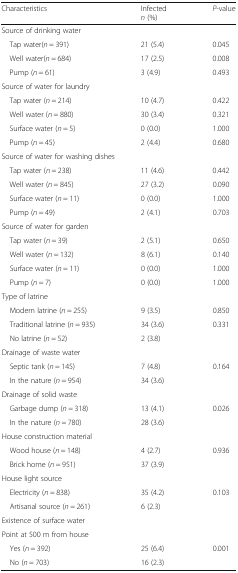
<table><thead><tr><td><b>Characteristics</b></td><td><b>Infected<i>n</i> (%)</b></td><td><b><i>P</i>-value</b></td></tr></thead><tbody><tr><td colspan="3">Source of drinking water</td></tr><tr><td> Tap water(<i>n</i> = 391)</td><td>21 (5.4)</td><td>0.045</td></tr><tr><td> Well water(<i>n</i> = 684)</td><td>17 (2.5)</td><td>0.008</td></tr><tr><td> Pump (<i>n</i> = 61)</td><td>3 (4.9)</td><td>0.493</td></tr><tr><td colspan="3">Source of water for laundry</td></tr><tr><td> Tap water (<i>n</i> = 214)</td><td>10 (4.7)</td><td>0.422</td></tr><tr><td> Well water (<i>n</i> = 880)</td><td>30 (3.4)</td><td>0.321</td></tr><tr><td> Surface water (<i>n</i> = 5)</td><td>0 (0.0)</td><td>1.000</td></tr><tr><td> Pump (<i>n</i> = 45)</td><td>2 (4.4)</td><td>0.680</td></tr><tr><td colspan="3">Source of water for washing dishes</td></tr><tr><td> Tap water (<i>n</i> = 238)</td><td>11 (4.6)</td><td>0.442</td></tr><tr><td> Well water (<i>n</i> = 845)</td><td>27 (3.2)</td><td>0.090</td></tr><tr><td> Surface water (<i>n</i> = 11)</td><td>0 (0.0)</td><td>1.000</td></tr><tr><td> Pump (<i>n</i> = 49)</td><td>2 (4.1)</td><td>0.703</td></tr><tr><td colspan="3">Source of water for garden</td></tr><tr><td> Tap water (<i>n</i> = 39)</td><td>2 (5.1)</td><td>0.650</td></tr><tr><td> Well water (<i>n</i> = 132)</td><td>8 (6.1)</td><td>0.140</td></tr><tr><td> Surface water (<i>n</i> = 11)</td><td>0 (0.0)</td><td>1.000</td></tr><tr><td> Pump (<i>n</i> = 7)</td><td>0 (0.0)</td><td>1.000</td></tr><tr><td colspan="3">Type of latrine</td></tr><tr><td> Modern latrine (<i>n</i> = 255)</td><td>9 (3.5)</td><td>0.850</td></tr><tr><td> Traditional latrine (<i>n</i> = 935)</td><td>34 (3.6)</td><td>0.331</td></tr><tr><td> No latrine (<i>n</i> = 52)</td><td>2 (3.8)</td><td></td></tr><tr><td colspan="3">Drainage of waste water</td></tr><tr><td> Septic tank (<i>n</i> = 145)</td><td>7 (4.8)</td><td>0.164</td></tr><tr><td> In the nature (<i>n</i> = 954)</td><td>34 (3.6)</td><td></td></tr><tr><td colspan="3">Drainage of solid waste</td></tr><tr><td> Garbage dump (<i>n</i> = 318)</td><td>13 (4.1)</td><td>0.026</td></tr><tr><td> In the nature (<i>n</i> = 780)</td><td>28 (3.6)</td><td></td></tr><tr><td colspan="3">House construction material</td></tr><tr><td> Wood house (<i>n</i> = 148)</td><td>4 (2.7)</td><td>0.936</td></tr><tr><td> Brick home (<i>n</i> = 951)</td><td>37 (3.9)</td><td></td></tr><tr><td colspan="3">House light source</td></tr><tr><td> Electricity (<i>n</i> = 838)</td><td>35 (4.2)</td><td>0.103</td></tr><tr><td> Artisanal source (<i>n</i> = 261)</td><td>6 (2.3)</td><td></td></tr><tr><td colspan="3">Existence of surface water</td></tr><tr><td colspan="3">Point at 500 m from house</td></tr><tr><td> Yes (<i>n</i> = 392)</td><td>25 (6.4)</td><td>0.001</td></tr><tr><td> No (<i>n</i> = 703)</td><td>16 (2.3)</td><td></td></tr></tbody></table>